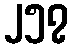
၂၅၇